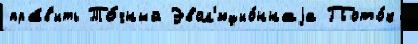
пра́в'ить То́чный Эвол'юцио́ннаjа Пото́к